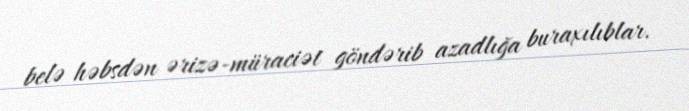
belə həbsdən ərizə-müraciət göndərib azadlığa buraxılıblar.